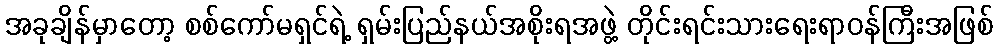
အခုချိန်မှာတော့ စစ်ကော်မရှင်ရဲ့ ရှမ်းပြည်နယ်အစိုးရအဖွဲ့ တိုင်းရင်းသားရေးရာဝန်ကြီးအဖြစ်